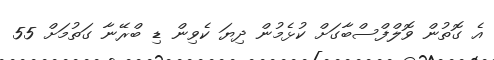
އެ ގޮތުން ވޮލްފްސްބާގަށް ކުޅެމުން ދިޔަ ކެވިން ޑި ބްރޭނާ ގަތުމަށް 55